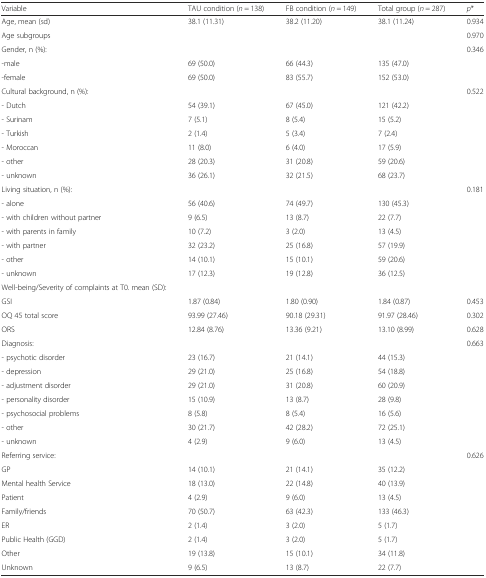
<table><thead><tr><td><b>Variable</b></td><td><b>TAU condition (<i>n</i> = 138)</b></td><td><b>FB condition (<i>n</i> = 149)</b></td><td><b>Total group (<i>n</i> = 287)</b></td><td><b><i>p</i>*</b></td></tr></thead><tbody><tr><td>Age, mean (sd)</td><td>38.1 (11.31)</td><td>38.2 (11.20)</td><td>38.1 (11.24)</td><td>0.934</td></tr><tr><td>Age subgroups</td><td></td><td></td><td></td><td>0.970</td></tr><tr><td>Gender, n (%):</td><td></td><td></td><td></td><td rowspan="3">0.346</td></tr><tr><td>-male</td><td>69 (50.0)</td><td>66 (44.3)</td><td>135 (47.0)</td></tr><tr><td>-female</td><td>69 (50.0)</td><td>83 (55.7)</td><td>152 (53.0)</td></tr><tr><td>Cultural background, n (%):</td><td></td><td></td><td></td><td rowspan="7">0.522</td></tr><tr><td>- Dutch</td><td>54 (39.1)</td><td>67 (45.0)</td><td>121 (42.2)</td></tr><tr><td>- Surinam</td><td>7 (5.1)</td><td>8 (5.4)</td><td>15 (5.2)</td></tr><tr><td>- Turkish</td><td>2 (1.4)</td><td>5 (3.4)</td><td>7 (2.4)</td></tr><tr><td>- Moroccan</td><td>11 (8.0)</td><td>6 (4.0)</td><td>17 (5.9)</td></tr><tr><td>- other</td><td>28 (20.3)</td><td>31 (20.8)</td><td>59 (20.6)</td></tr><tr><td>- unknown</td><td>36 (26.1)</td><td>32 (21.5)</td><td>68 (23.7)</td></tr><tr><td>Living situation, n (%):</td><td></td><td></td><td></td><td rowspan="7">0.181</td></tr><tr><td>- alone</td><td>56 (40.6)</td><td>74 (49.7)</td><td>130 (45.3)</td></tr><tr><td>- with children without partner</td><td>9 (6.5)</td><td>13 (8.7)</td><td>22 (7.7)</td></tr><tr><td>- with parents in family</td><td>10 (7.2)</td><td>3 (2.0)</td><td>13 (4.5)</td></tr><tr><td>- with partner</td><td>32 (23.2)</td><td>25 (16.8)</td><td>57 (19.9)</td></tr><tr><td>- other</td><td>14 (10.1)</td><td>15 (10.1)</td><td>59 (20.6)</td></tr><tr><td>- unknown</td><td>17 (12.3)</td><td>19 (12.8)</td><td>36 (12.5)</td></tr><tr><td>Well-being/Severity of complaints at T0. mean (SD):</td><td></td><td></td><td></td><td></td></tr><tr><td>GSI</td><td>1.87 (0.84)</td><td>1.80 (0.90)</td><td>1.84 (0.87)</td><td>0.453</td></tr><tr><td>OQ 45 total score</td><td>93.99 (27.46)</td><td>90.18 (29.31)</td><td>91.97 (28.46)</td><td>0.302</td></tr><tr><td>ORS</td><td>12.84 (8.76)</td><td>13.36 (9.21)</td><td>13.10 (8.99)</td><td>0.628</td></tr><tr><td>Diagnosis:</td><td></td><td></td><td></td><td rowspan="8">0.663</td></tr><tr><td>- psychotic disorder</td><td>23 (16.7)</td><td>21 (14.1)</td><td>44 (15.3)</td></tr><tr><td>- depression</td><td>29 (21.0)</td><td>25 (16.8)</td><td>54 (18.8)</td></tr><tr><td>- adjustment disorder</td><td>29 (21.0)</td><td>31 (20.8)</td><td>60 (20.9)</td></tr><tr><td>- personality disorder</td><td>15 (10.9)</td><td>13 (8.7)</td><td>28 (9.8)</td></tr><tr><td>- psychosocial problems</td><td>8 (5.8)</td><td>8 (5.4)</td><td>16 (5.6)</td></tr><tr><td>- other</td><td>30 (21.7)</td><td>42 (28.2)</td><td>72 (25.1)</td></tr><tr><td>- unknown</td><td>4 (2.9)</td><td>9 (6.0)</td><td>13 (4.5)</td></tr><tr><td>Referring service:</td><td></td><td></td><td></td><td rowspan="9">0.626</td></tr><tr><td>GP</td><td>14 (10.1)</td><td>21 (14.1)</td><td>35 (12.2)</td></tr><tr><td>Mental health Service</td><td>18 (13.0)</td><td>22 (14.8)</td><td>40 (13.9)</td></tr><tr><td>Patient</td><td>4 (2.9)</td><td>9 (6.0)</td><td>13 (4.5)</td></tr><tr><td>Family/friends</td><td>70 (50.7)</td><td>63 (42.3)</td><td>133 (46.3)</td></tr><tr><td>ER</td><td>2 (1.4)</td><td>3 (2.0)</td><td>5 (1.7)</td></tr><tr><td>Public Health (GGD)</td><td>2 (1.4)</td><td>3 (2.0)</td><td>5 (1.7)</td></tr><tr><td>Other</td><td>19 (13.8)</td><td>15 (10.1)</td><td>34 (11.8)</td></tr><tr><td>Unknown</td><td>9 (6.5)</td><td>13 (8.7)</td><td>22 (7.7)</td></tr></tbody></table>